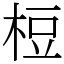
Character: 梪